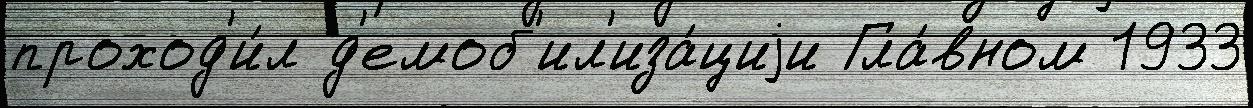
проход'и́л д'емоб'ил'иза́циjи Гла́вном 1933